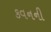
કવનની